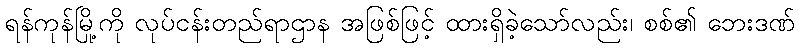
ရန်ကုန်မြို့ကို လုပ်ငန်းတည်ရာဌာန အဖြစ်ဖြင့် ထားရှိခဲ့သော်လည်း၊ စစ်၏ ဘေးဒဏ်